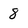
Character: 8